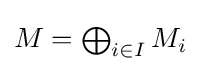
{\textstyle M=\bigoplus _{i\in I}M_{i}}